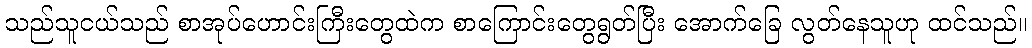
သည်သူငယ်သည် စာအုပ်ဟောင်းကြီးတွေထဲက စာကြောင်းတွေရွတ်ပြီး အောက်ခြေ လွတ်နေသူဟု ထင်သည်။